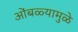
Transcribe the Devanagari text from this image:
ओंबळ्यामुळे